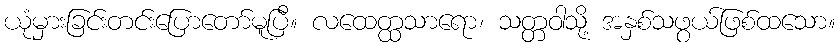
ယုံမှားခြင်းတင်းပြောတော်မူပြီ။ လထေတ္ထသာရော၊ သတ္တဝါသို့ အနှစ်သဖွယ်ဖြစ်ထသော။